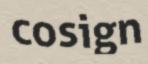
cosign